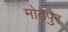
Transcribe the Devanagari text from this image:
मोठपुर